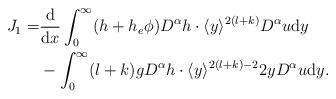
LaTeX: \begin{align*}\begin{aligned}J_1=&\frac{\mathrm{d}}{\mathrm{d}x}\int_0^\infty (h+h_e\phi)D^\alpha h\cdot \langle y\rangle^{2(l+k)}D^\alpha u \mathrm{d}y\\&-\int_0^\infty (l+k)gD^\alpha h\cdot \langle y \rangle^{2(l+k)-2}2yD^\alpha u\mathrm{d}y.\end{aligned}\end{align*}